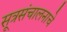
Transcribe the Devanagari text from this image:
सूत्रसंचालनाचे